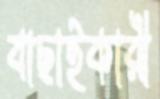
বাছাইকারী